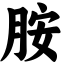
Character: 胺